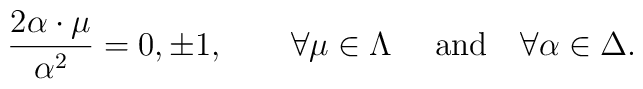
{2\alpha\cdot\mu\over{\alpha^2}}=0,\pm 1,\quad \quad \forall\mu\in\Lambda	\quad \ \mbox{and}\quad \forall\alpha\in\Delta.